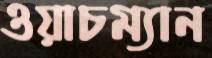
ওয়াচম্যান